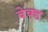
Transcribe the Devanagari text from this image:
वेक्ड